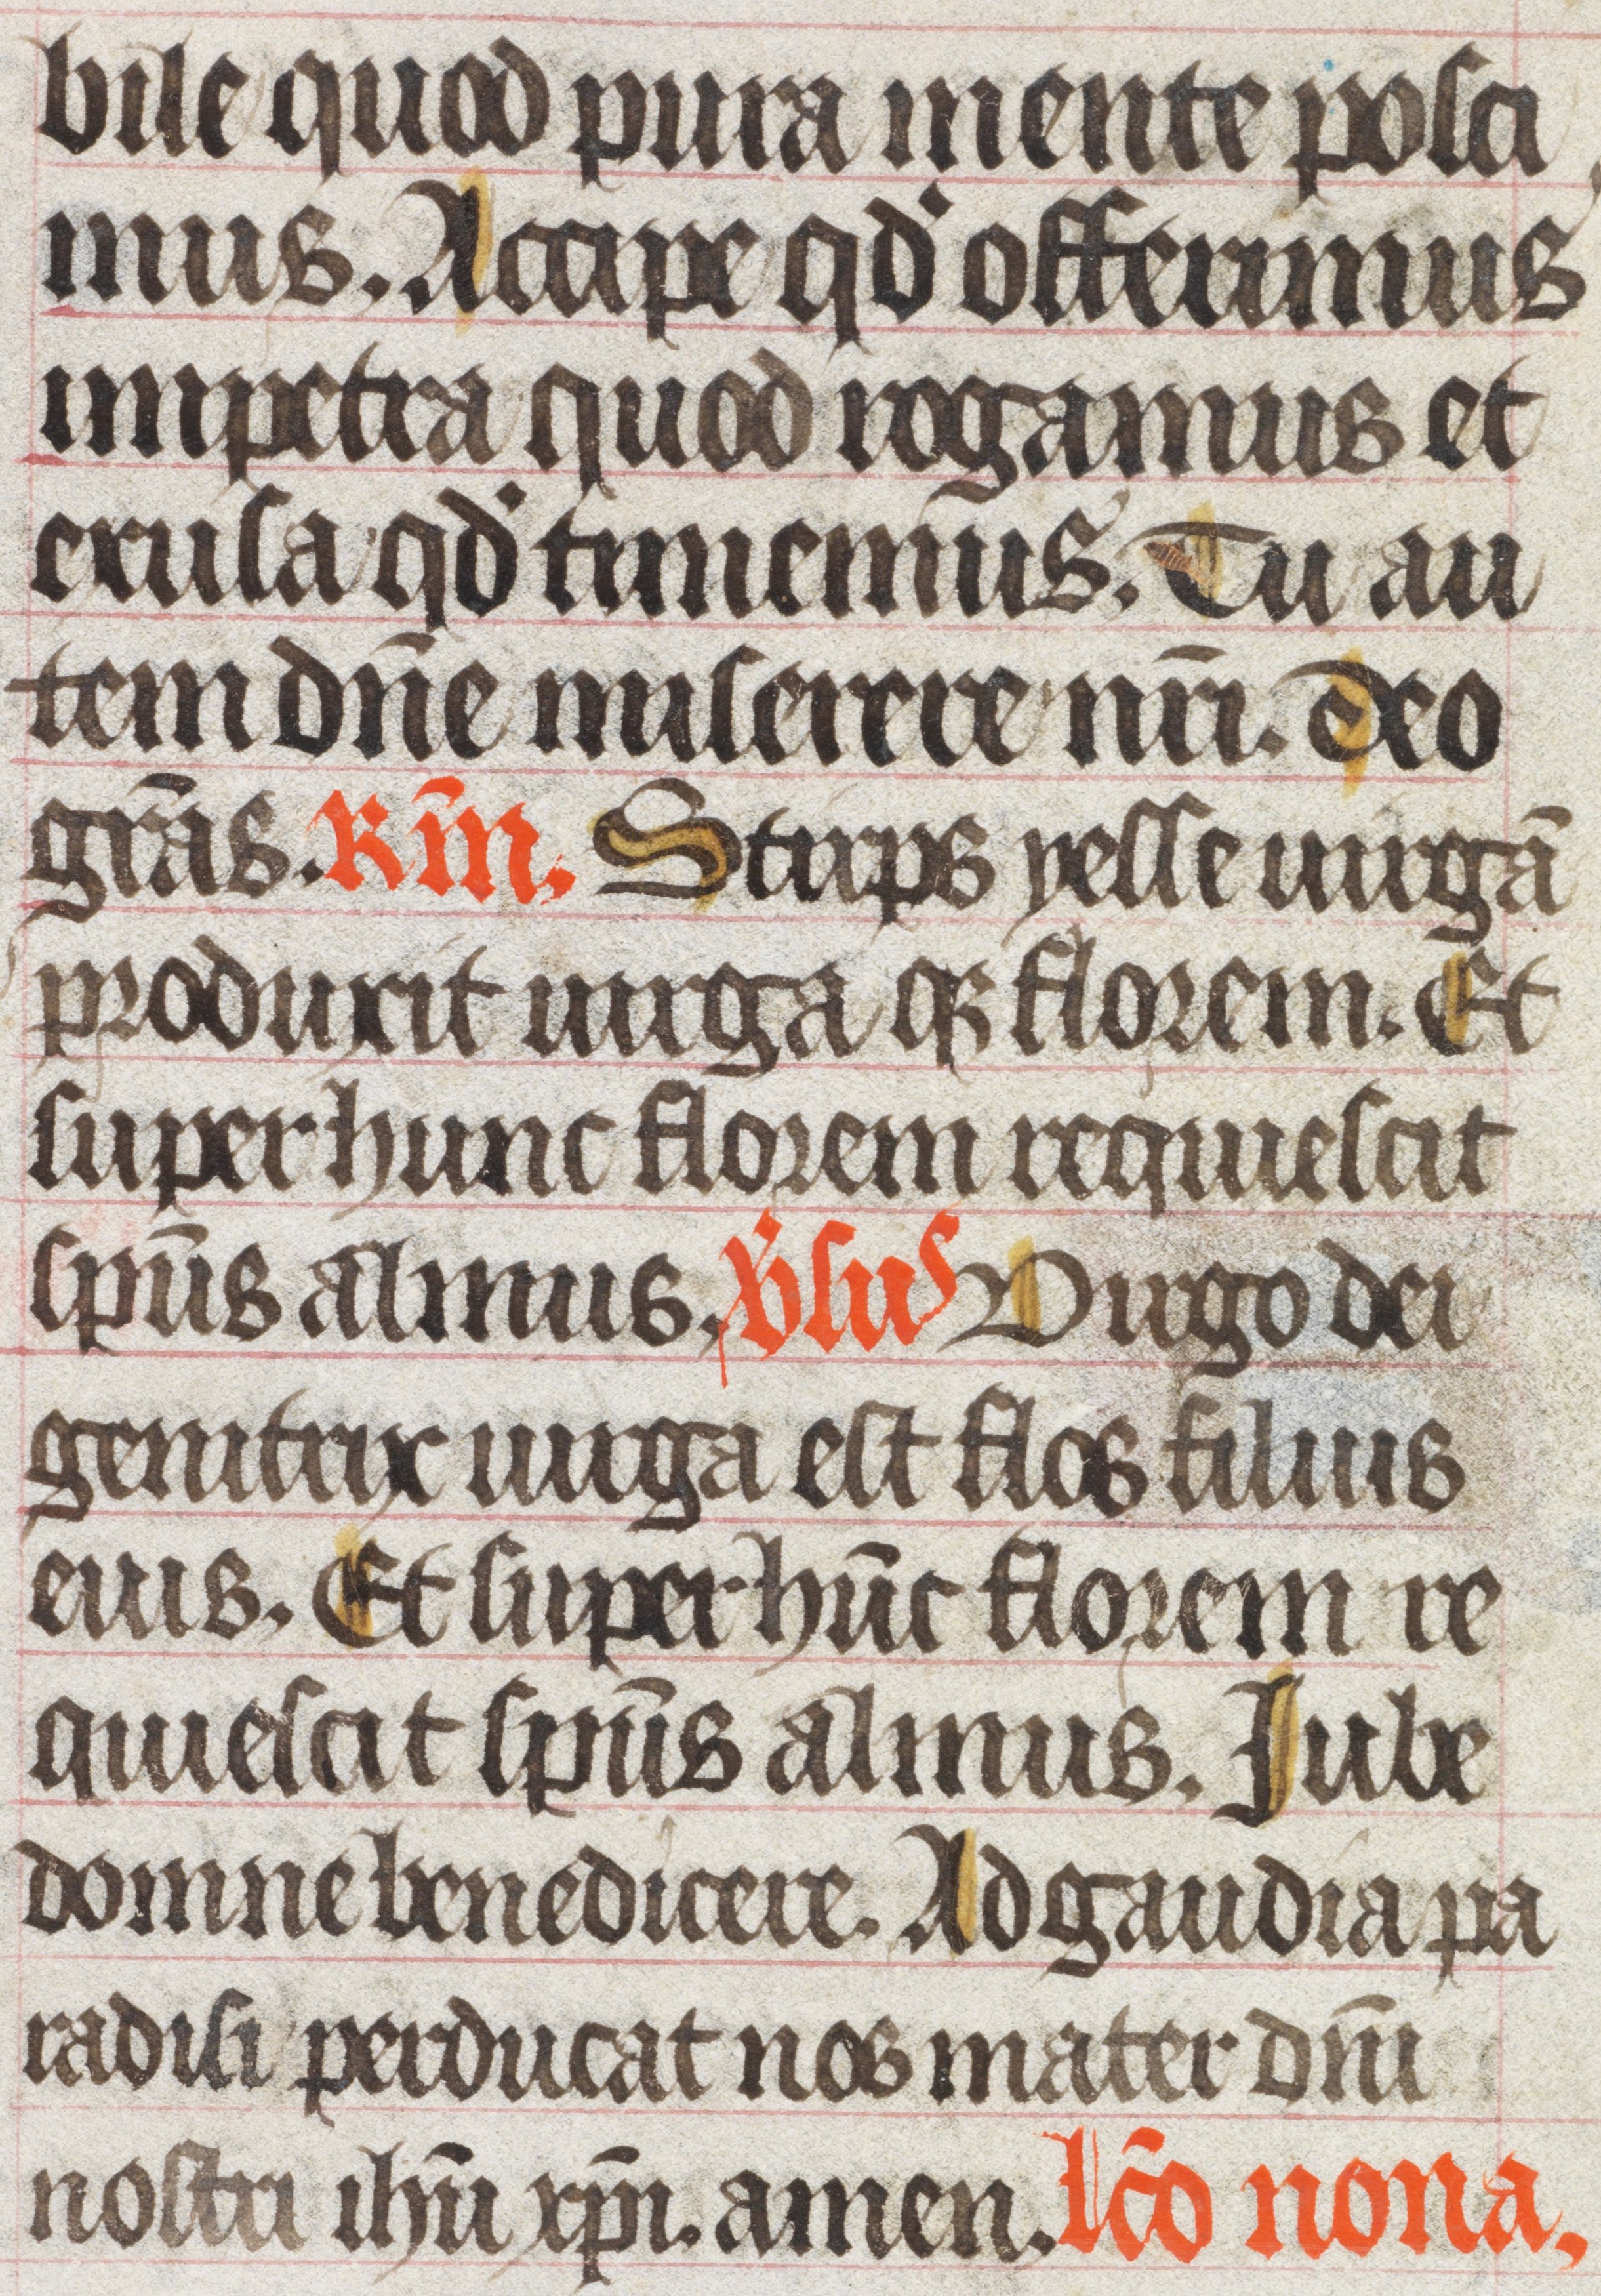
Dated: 1450–1499